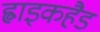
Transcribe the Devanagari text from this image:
ह्वाइकहैड